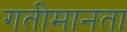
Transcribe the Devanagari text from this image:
गतीमानता